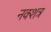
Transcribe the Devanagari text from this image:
नक्शत्र